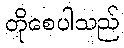
တိုစေပါသည်